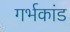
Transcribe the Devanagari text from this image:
गर्भकांड